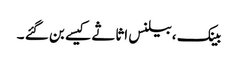
بینک ،بیلنس اثاثے کیسے بن گئے ۔